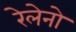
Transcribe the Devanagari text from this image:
रेलेनो